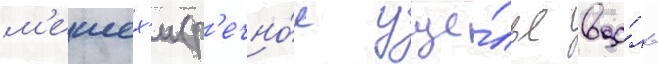
м'ешех'и (р'ечно́е уще́лье вдо́ль